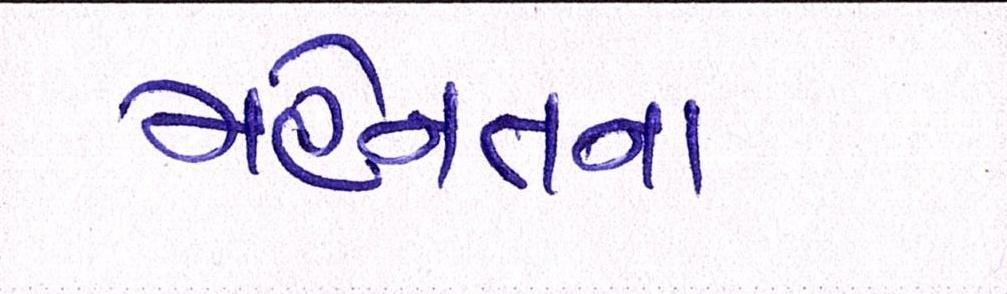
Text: મહેનતના